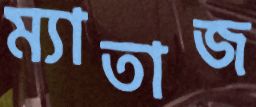
ম্যাতাজ